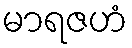
မာရဇဟံ